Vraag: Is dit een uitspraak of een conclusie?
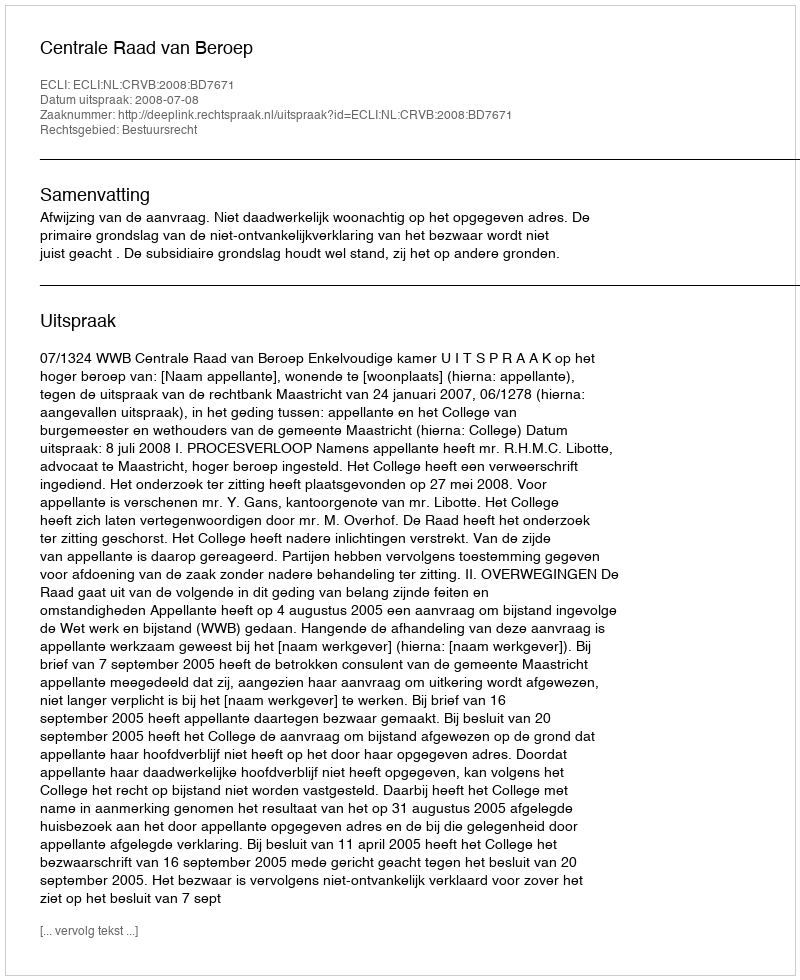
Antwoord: Uitspraak